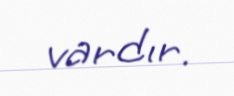
vardır.